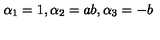
\alpha _ { 1 } = 1 , \alpha _ { 2 } = a b , \alpha _ { 3 } = - b